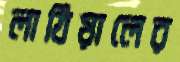
লাঠিয়ালের